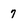
Character: 7